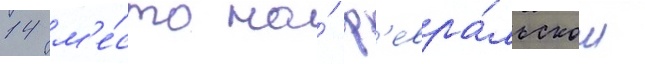
14 м'е́сто на́ ф'евра́льском